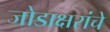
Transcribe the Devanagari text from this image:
जोडाक्षरांचे